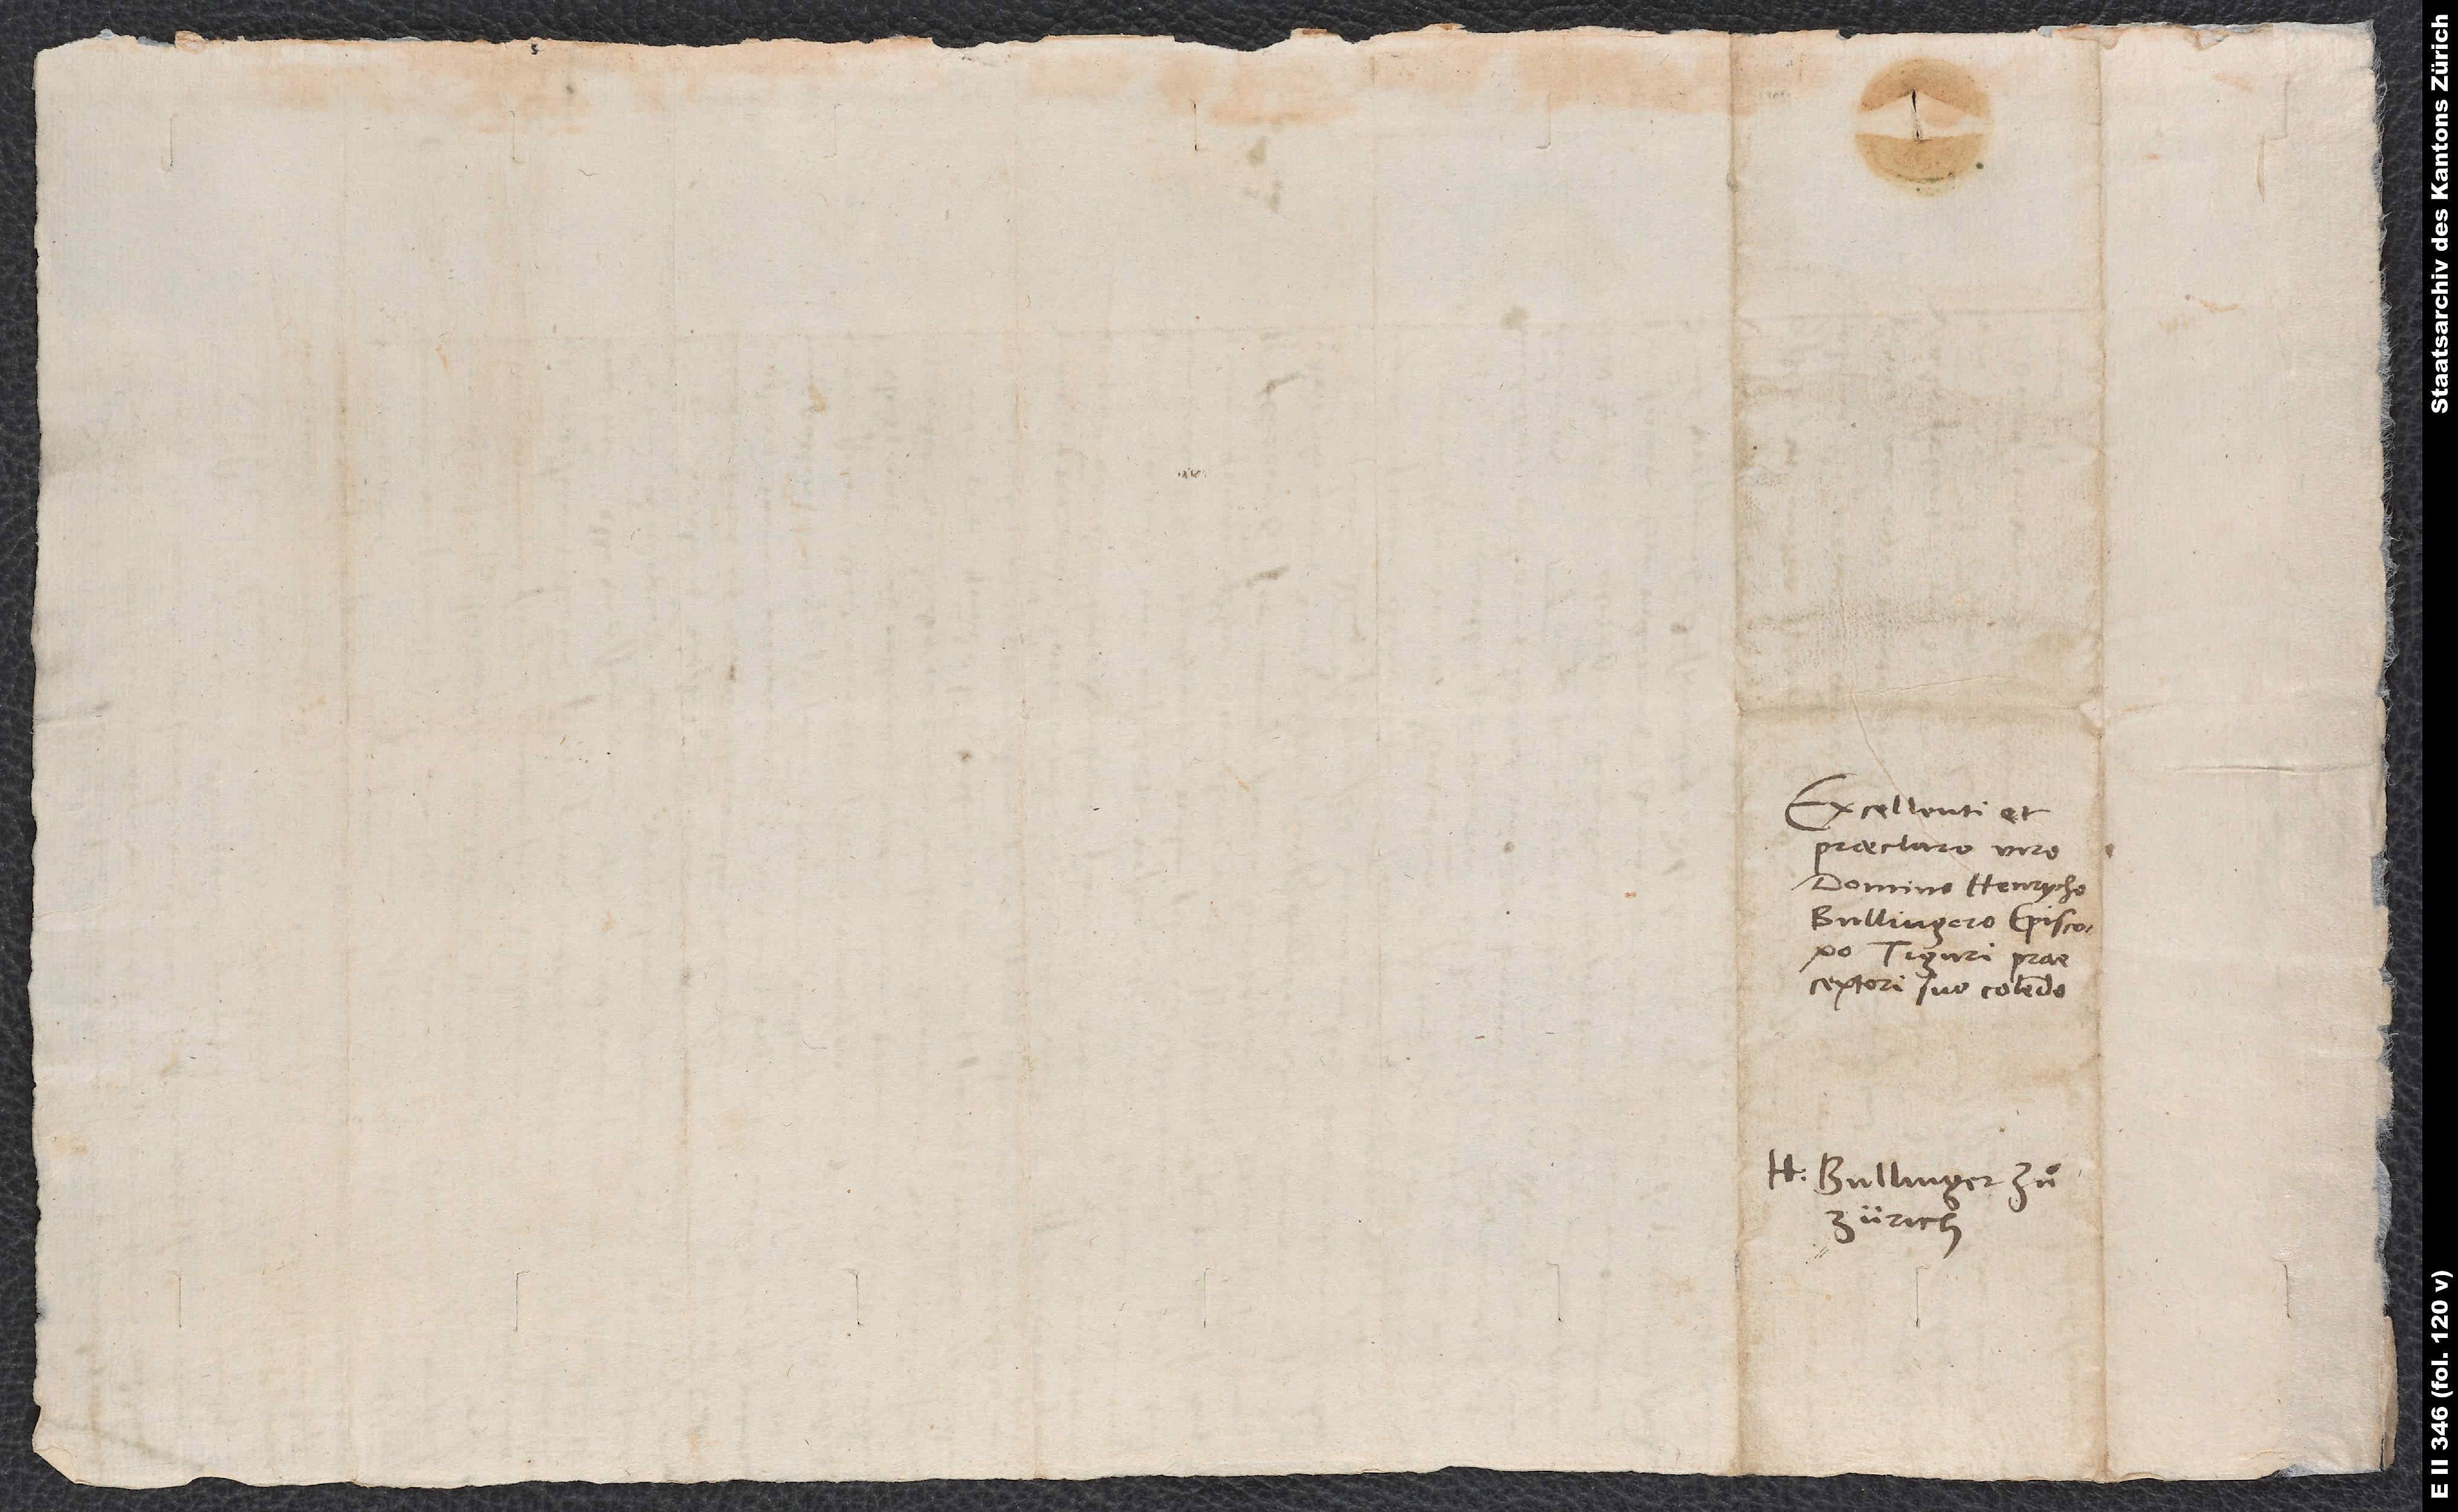
Excellenti et
praeclaro viro
domino Henrycho
Bullingero, episcopo
Tiguri, praeceptori
H Bullinger zuͦ
Zürich.